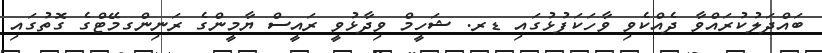
ބައްދަލުކުރައްވާ ދެއްކެވި ވާހަކަފުޅުގައި ޑރ. ޝަހީމް ވިދާޅުވީ ރައީސް ޔާމީންގެ ރަނިންގމޭޓްގެ ގޮތުގައި